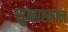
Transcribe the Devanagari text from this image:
सुब्बारमान